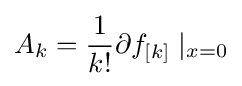
A_{k}={\frac {1}{k!}}\partial f_{[k]}\mid _{x=0}